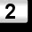
Digit: 2